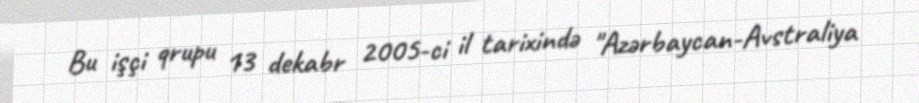
Bu işçi qrupu 13 dekabr 2005-ci il tarixində "Azərbaycan-Avstraliya